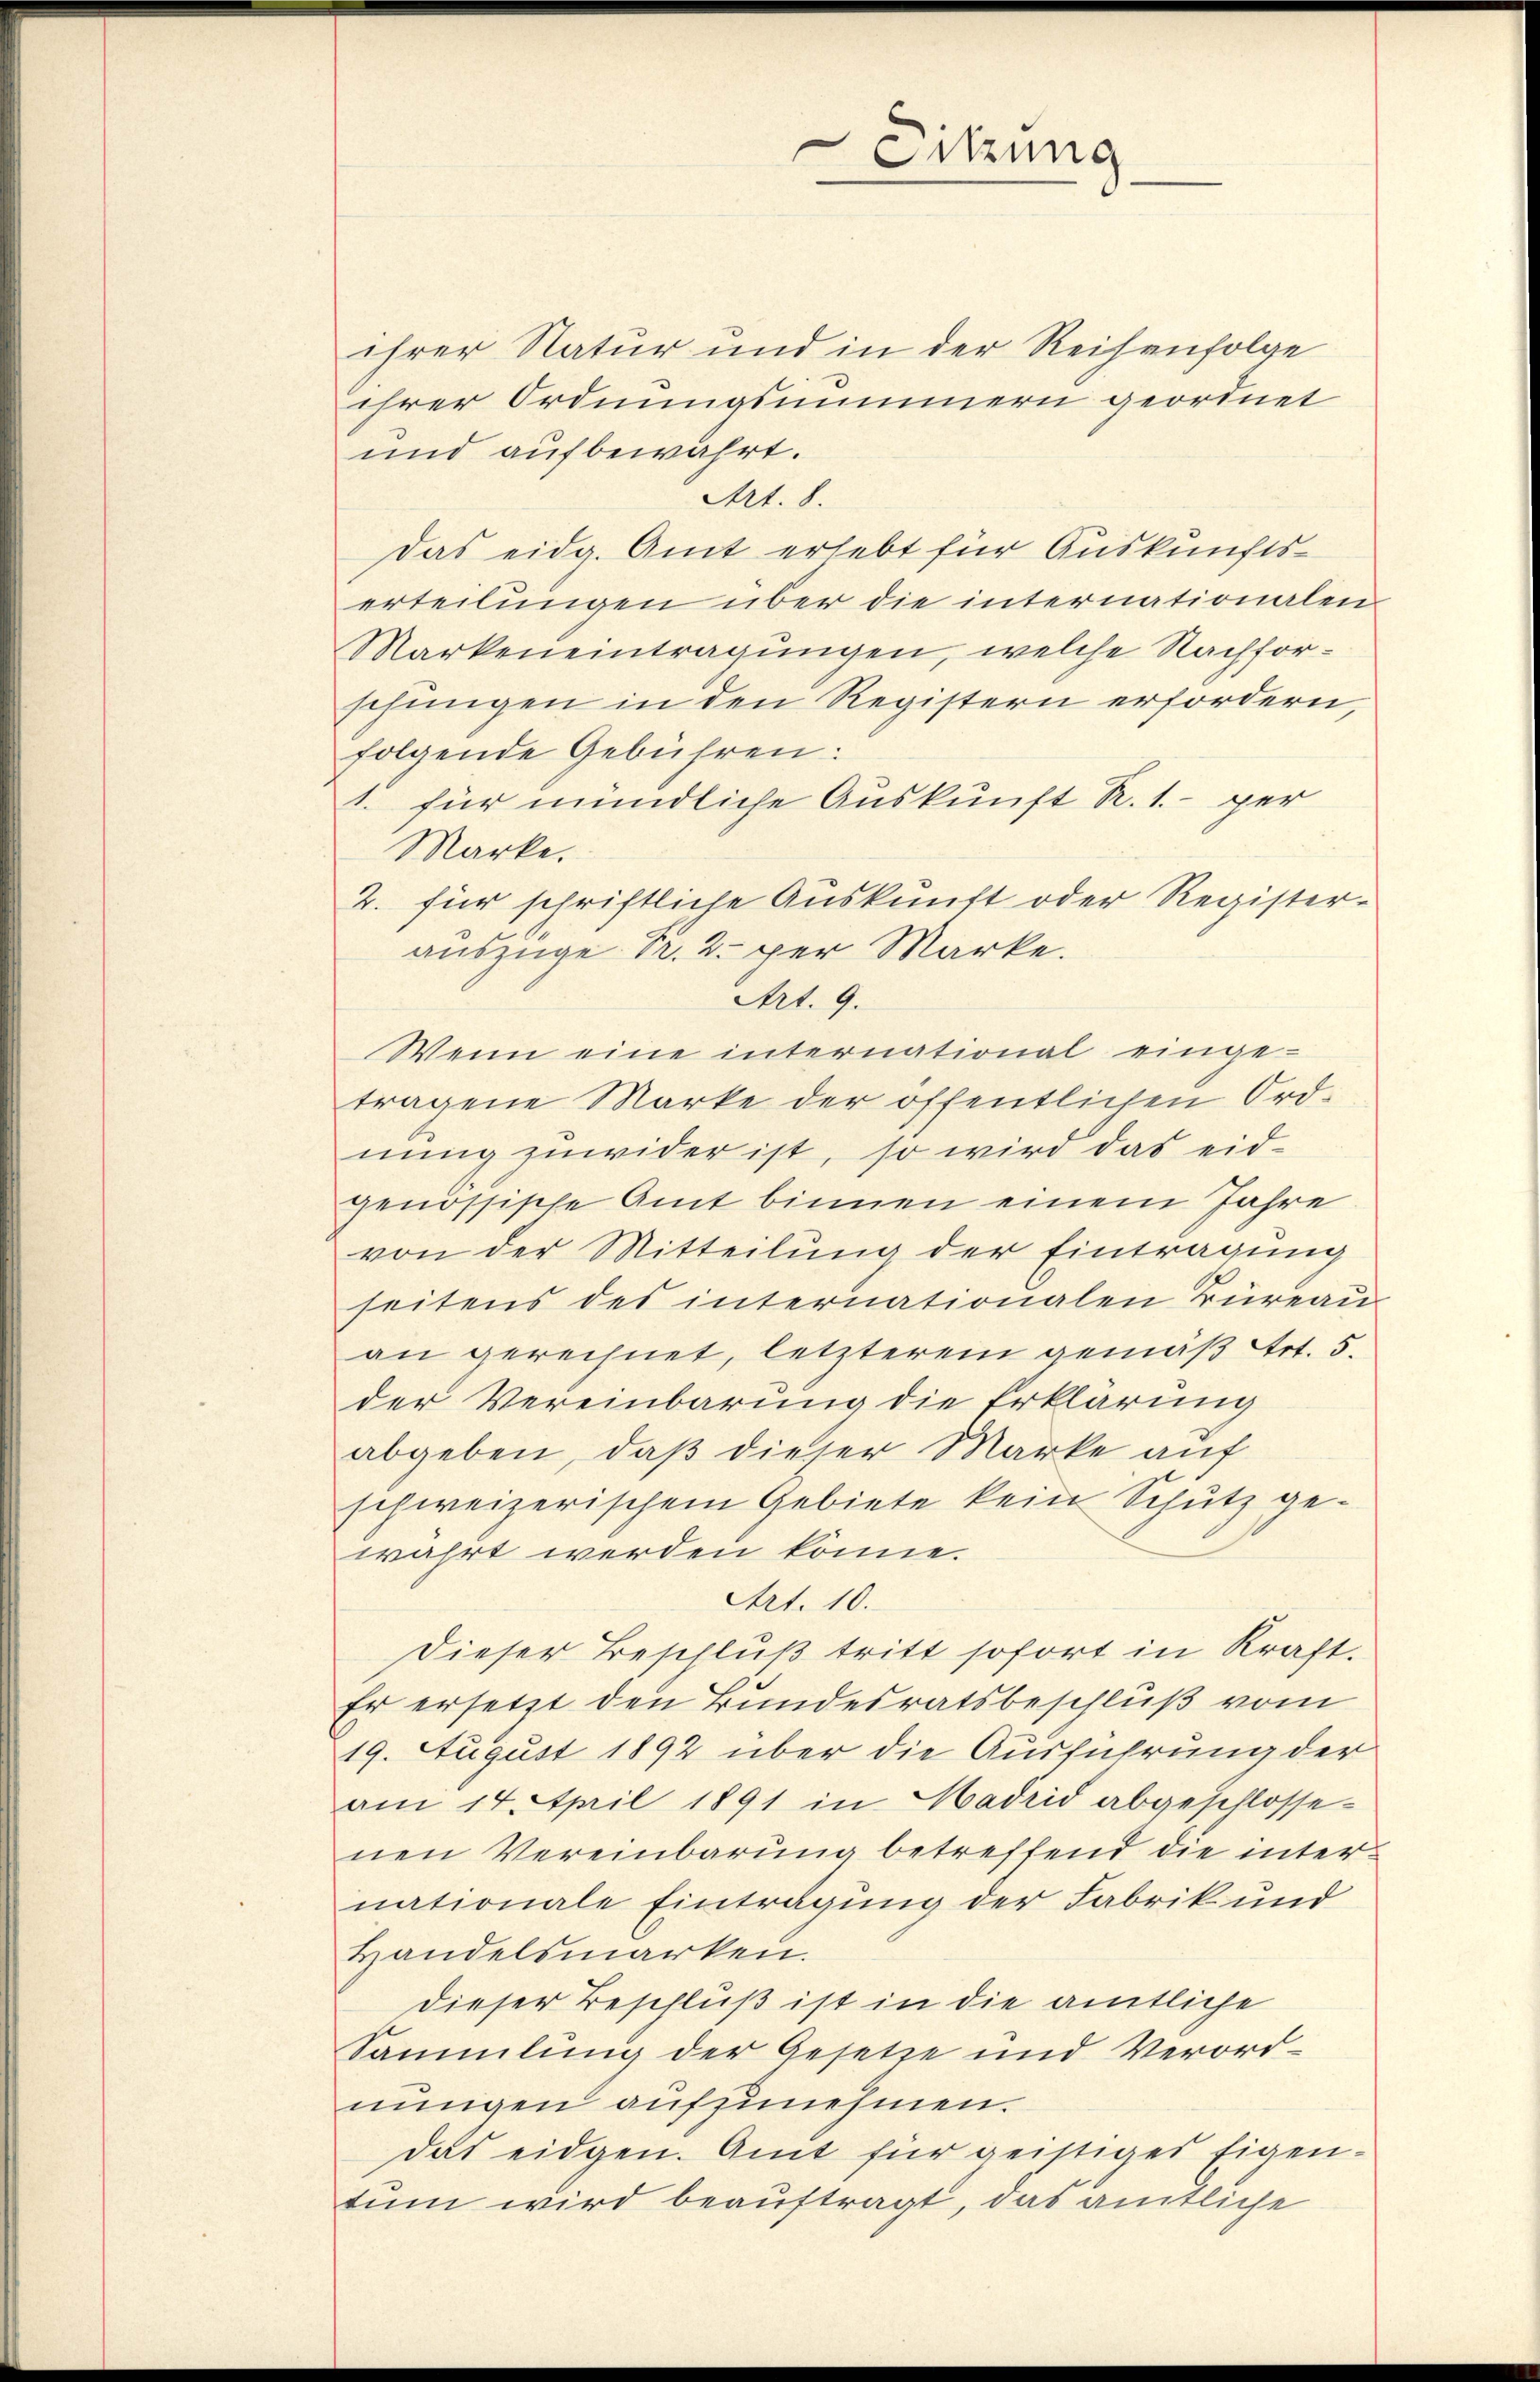
Sitzung

ihrer Natur und in der Reihenfolge
ihrer Ordnungsnimmern geordnet
und aufbewahrt.
Art. 8.
Das eidg. Amt erlebt für Auskunftserteilŭngen über die internationalen
Markeneintragungen, welche Nachforschungen in den Registern erfordern,
folgende Gebühren:
1. für mündliche Auskunft R. 1.- per
Marke.
2. für schriftliche Auskunft oder Register-
auszuge Fr. 2. per Marke.
Art. 9.
Wenn eine international einge-
tragene Marke der öffentlichen Ord-
nung zuwider ist, so wird das eidgenössische Amt binnen einem Jahre
von der Mitteilung der Eintragung
seitens des internationalen Büreau-
an gerechnet, letzterem gemäß Art. 5.
der Vereinbarung die Erklärung
abgeben, daß dieser Marke auf
schweizerischem Gebiete kein Schutz gewahrt werden könne.
Art. 10.
dieser Beschluß tritt sofort in Kraft.
Er ersetzt den Bundesratsbeschluß vom
19. August 1892 über die Ausführung der
am 14. April 1891 in Madrid abgeschlossenen Vereinbarung betreffend die internationale Eintragung der Fabrik und
Handelsmarken.
dieser Beschluß ist in die amtliche
Sammlung der Gesetze und Verordnungen aufzunehmen.
das eidgen. Amt für geistiger Eigentum wird beauftragt, das amtliche